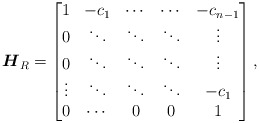
\begin{gather*} \boldsymbol{H}_R=\left[\begin{matrix}1&-c_1&\cdots&\cdots&-c_{n-1}\\0&\ddots&\ddots&\ddots& \vdots\\0&\ddots&\ddots&\ddots&\vdots \\\vdots&\ddots&\ddots&\ddots&-c_1 \\0&\cdots&0&0&1 \\\end{matrix} \right] ,\end{gather*}